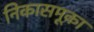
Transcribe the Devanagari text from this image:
निकासमूका